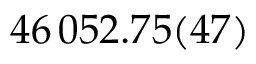
4 6 \, 0 5 2 . 7 5 ( 4 7 )